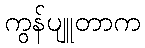
ကွန်ပျူတာက